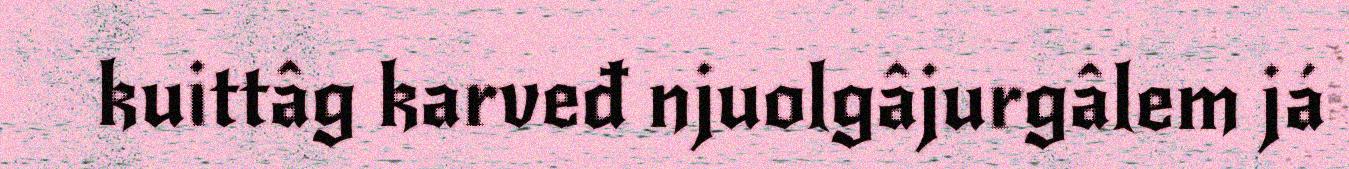
kuittâg karveđ njuolgâjurgâlem já